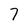
Character: 7